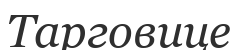
Тарговице